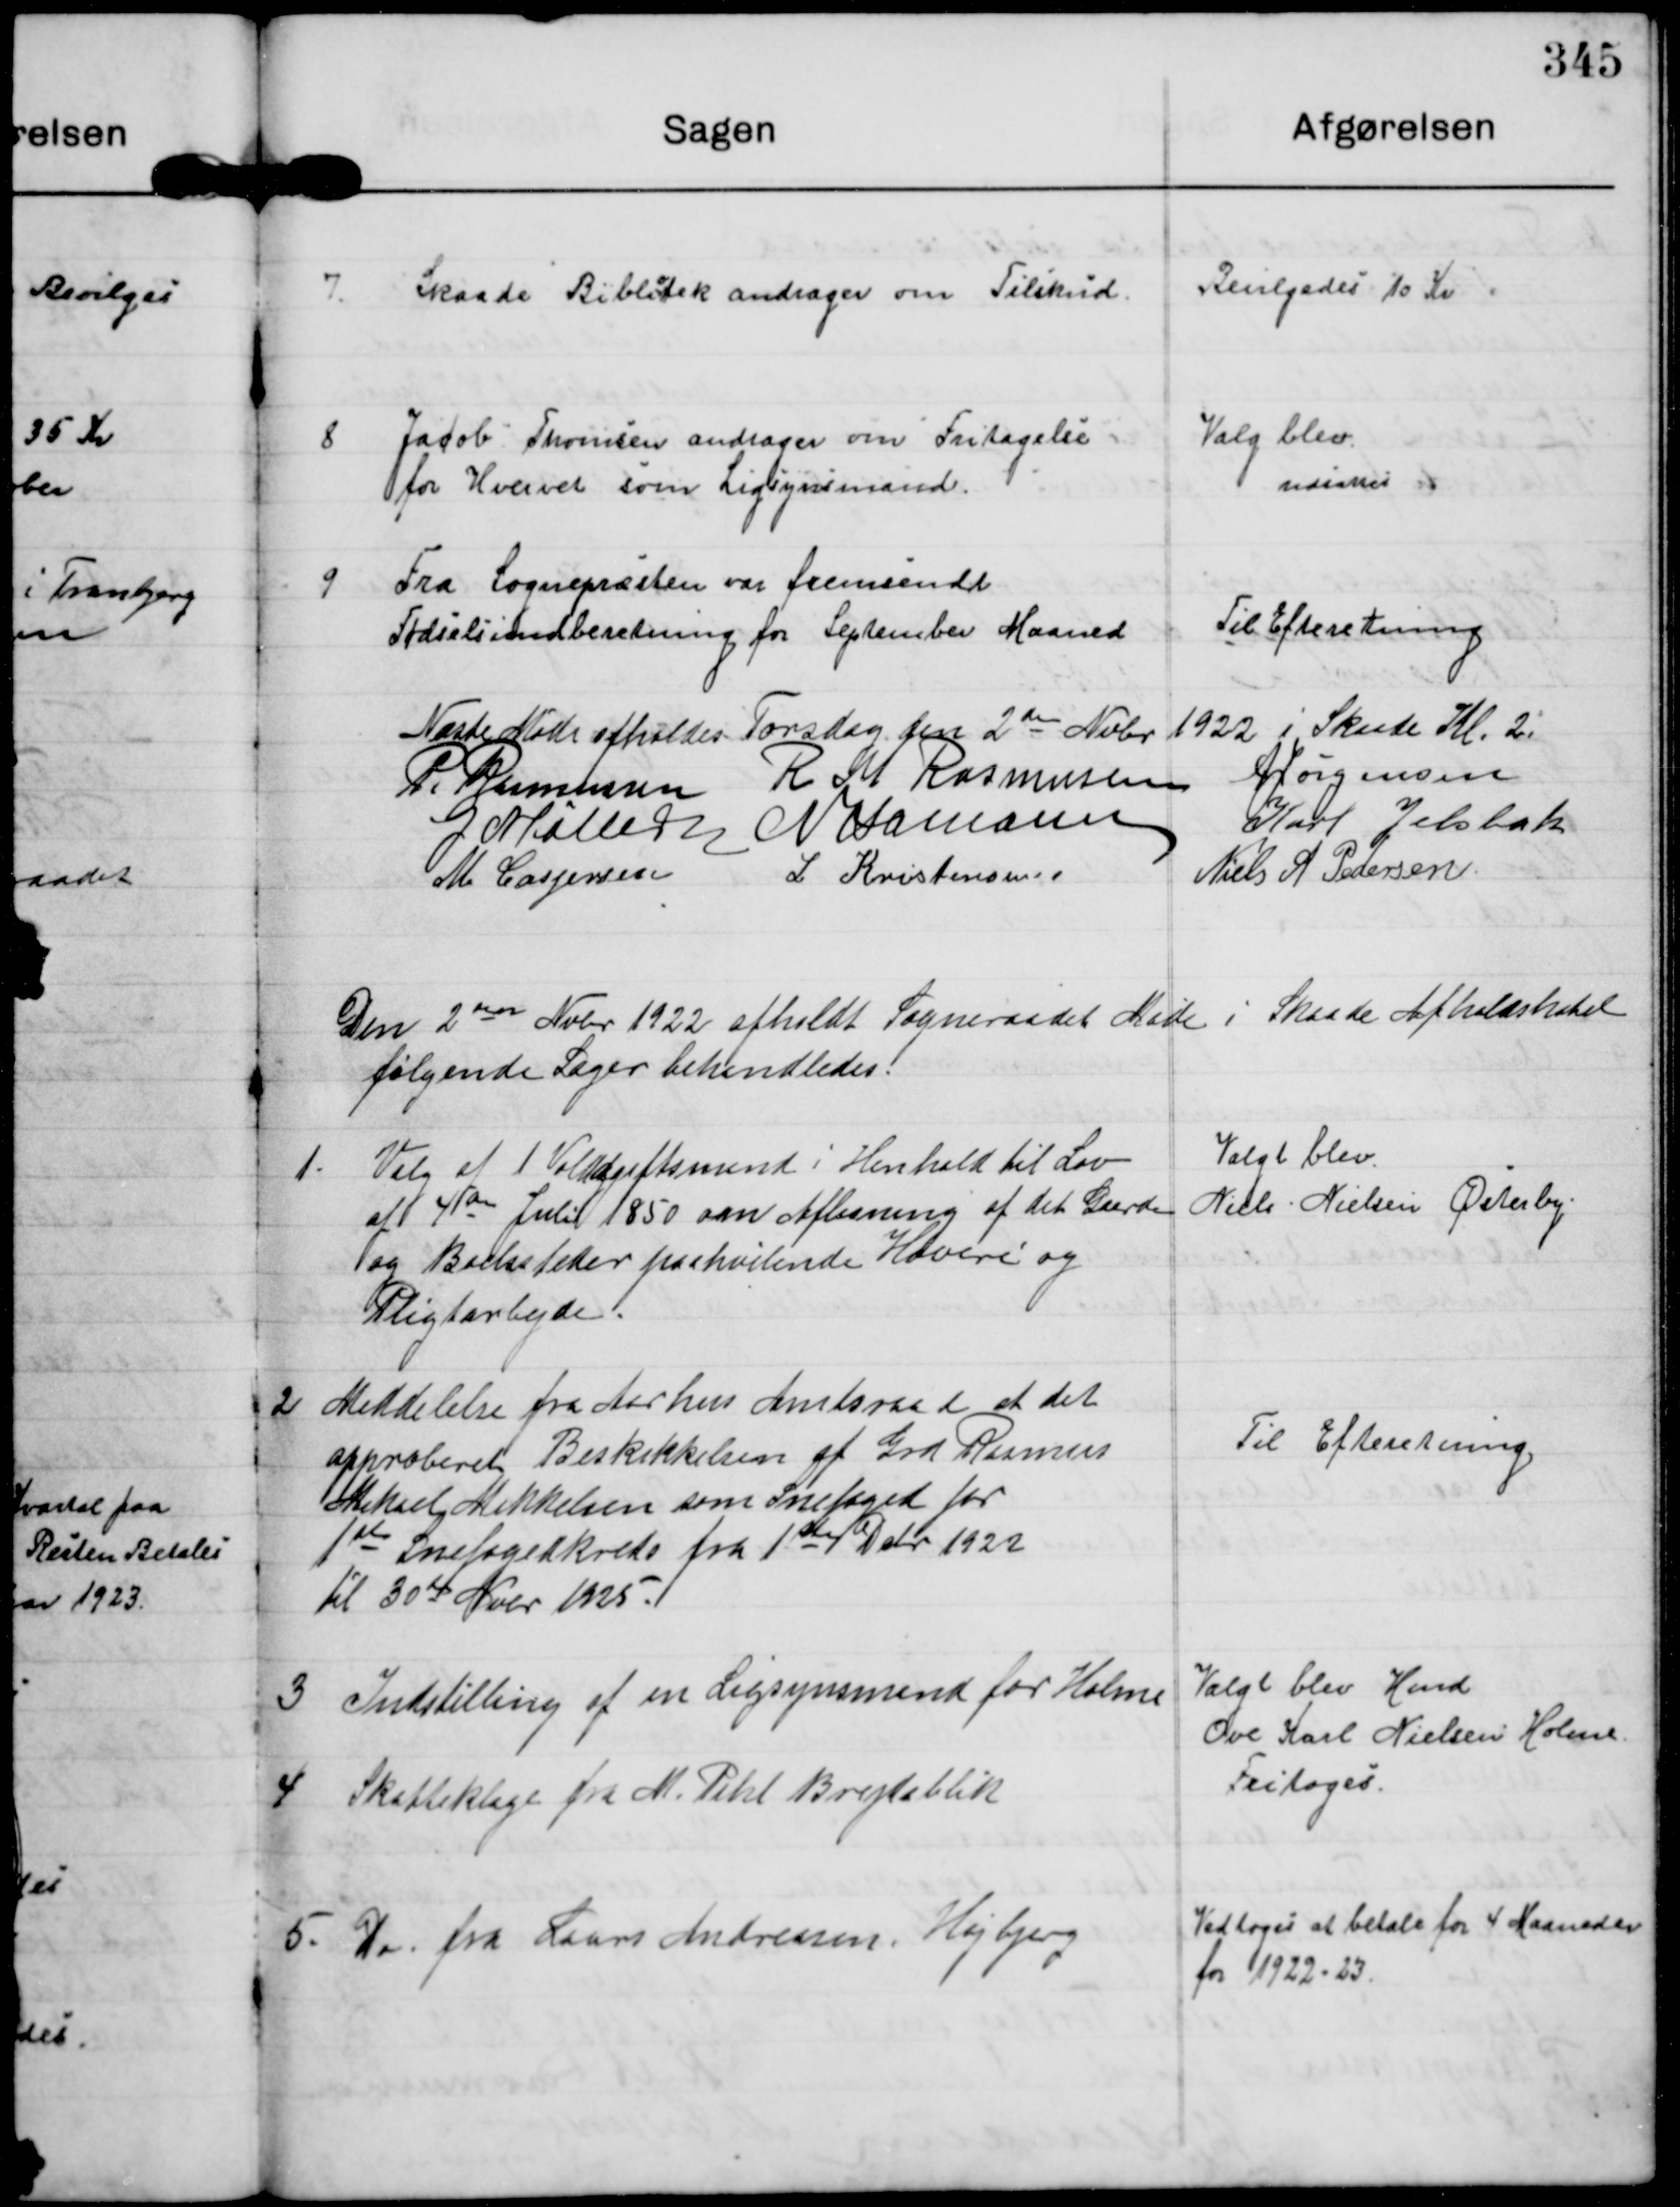
Transskription:
7.

Skaade Bibliotek andrager om Tilskud.

Bevilgedes 10 Kr.

8

Jacob Thomsen andrager om Fritagelse
for Hvervet som Ligsynsmand.

Valg blev
udsattes

9

Fra Sognepræsten var fremsendt
Fødselsindberetning for September Maaned

Til Efteretning.

Næste Møde afholdes Torsdag den 2de Nvbr 1922 i Skaade Kl 2.

P. Rasmussen

R M Rasmussen

AJørgensen

G Møller

N Hamann

Karl Jelsbak

M Caspersen

L Kristensen

Niels A Pedersen

Den 2den Nvbr 1922 afholdt Sogneraadet Møde i Skaade Afholdshotel
Følgende Sager behandledes

1.

Valg af 1 Voldgiftsmand i Henhold til Lov
af 4de Juli 1850 om Afløsning af det Gaarde
og Boelsteder paahvilende Hoveri og
Pligtarbejde.

Valgt blev
Niels Nielsen Østerby

2 Meddelelse fra Aarhus Amtsraad at det
approberet Beskikkelsen af Grd Rasmus
Mikael Mikkelsen som Snefoged for
1ste Snefogedkreds fra 1ste Debr 1922
til 30te Nvbr 1925.

Til Efteretning.

3 Indstilling af en Ligsynsmand for Holme

Valgt blev Hmd
Ove Karl Nielsen Holme

4 Skatteklage fra M. Pihl Brejdablik

Fritoges.

5. Do. fra Laars Andreasen, Højbjerg

Vedtoges at betale for 4 Maaneder
for 1922-23.